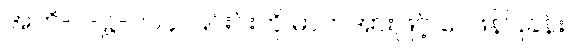
အဘိ-၂-ဋ္ဌ-၂၁၄။ ၎င်းင်းကို ဓာတ်အားဖြင့် ဝေဖန်ပြခန်း၊